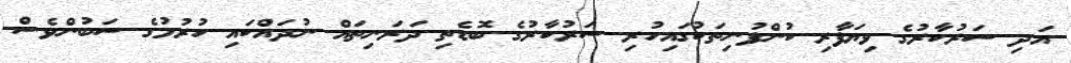
އަދި ސަރުކާރުގެ ވިޔަފާރި ކުންފުނިތަކުގައިހުރި ސަރުކާރުގެ ބޮޑެތި ދަރަނިތައް ނުދައްކައި ހުރުމުގެ ސަބުންވެސް